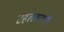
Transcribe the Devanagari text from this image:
टहलकदमी।